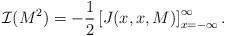
LaTeX: \begin{align*}{\cal I}(M^2) = - \frac{1}{2} \left[ J(x,x,M) \right]_{x= -\infty}^{\infty}. \end{align*}